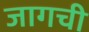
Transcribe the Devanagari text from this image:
जागची